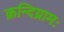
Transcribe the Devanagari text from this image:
क्रन्दिग्रामः